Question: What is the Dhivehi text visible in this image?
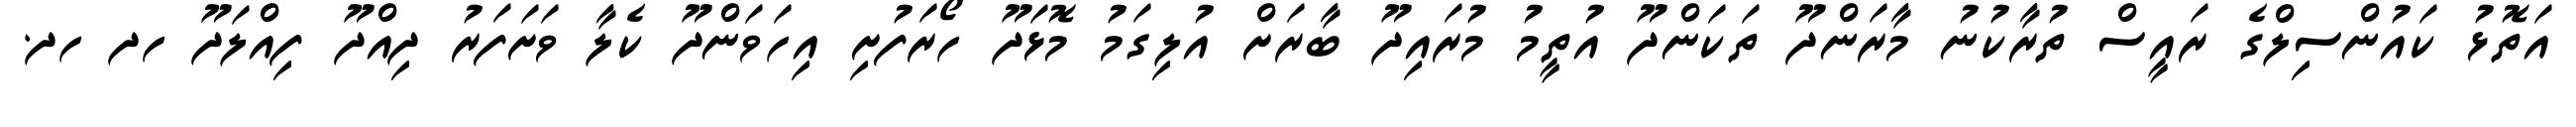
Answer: އަތޮޅު ކައުންސިލްގެ ރައީސް ތުރާކުނު މާރަންދޫ ތަކަންދޫ އުތީމު މުރައިދޫ ބާރަށް އުލިގަމު މޮޅަދޫ ހޯރަފުށި އިހަވަންދޫ ކެލާ ވަށަފަރު ދިއްދޫ ފިއްލަދޫ ހދ ހދ.